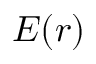
E ( r )